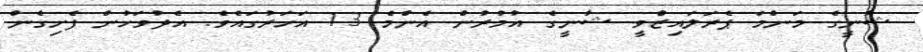
ޝާނީގެ މަންމަ ޕެރަލައިޒްވީ ޝާނީގެ އުމުރުން އެންމެ 13 އަހަރުގައެވެ. އެދުވަހުން ފެށިގެން